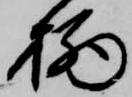
栖